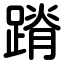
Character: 蹐